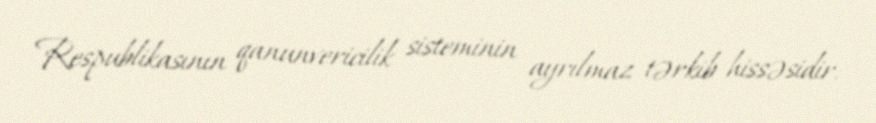
Respublikasının qanunvericilik sisteminin ayrılmaz tərkib hissəsidir.